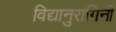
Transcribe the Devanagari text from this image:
विद्यानुरागिनी